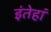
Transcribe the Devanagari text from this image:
इंतेहां